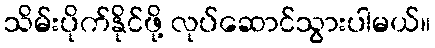
သိမ်းပိုက်နိုင်ဖို့ လုပ်ဆောင်သွားပါမယ်။